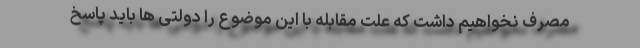
مصرف نخواهیم داشت که علت مقابله با این موضوع را دولتی ها باید پاسخ